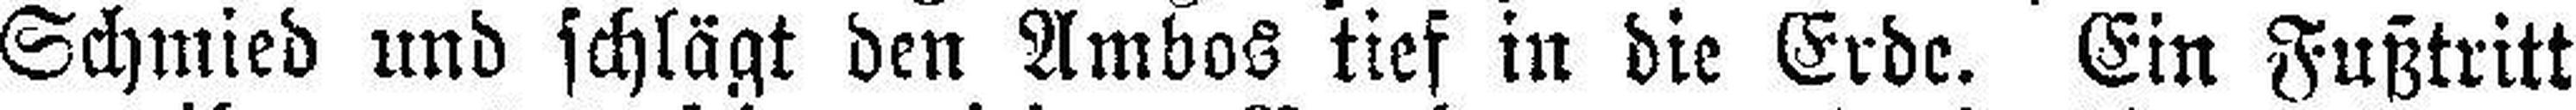
Schmied und schlägt den Ambos tief in die Erde. Ein Fußtritt